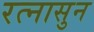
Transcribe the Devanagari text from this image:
रत्‍नासुन